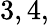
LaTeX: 3,4,